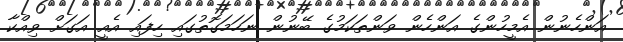
އަންހެނުން އެމީހުންގެ އަންހެން ވަންތަކަމުގެ ބޭނުން ނަހަމަގޮތުގައި ހިފައި އެއީ އަގަށް ވިއްކާ